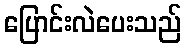
ပြောင်းလဲပေးသည်